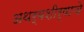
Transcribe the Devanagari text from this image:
अथर्वशीर्षाचे